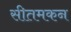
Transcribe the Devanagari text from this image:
सीतमकन